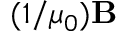
( 1 / \mu _ { 0 } ) \mathbf { B }